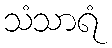
သံသာရံ